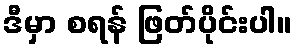
ဒီမှာ စရန် ဖြတ်ပိုင်းပါ။